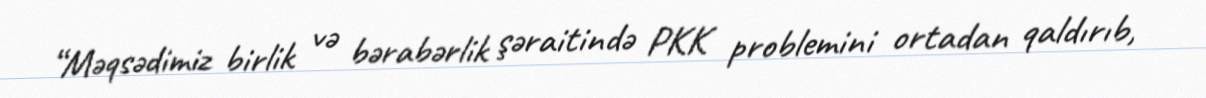
“Məqsədimiz birlik və bərabərlik şəraitində PKK problemini ortadan qaldırıb,